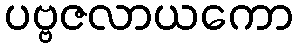
ပဗ္ဗဇလာယကော